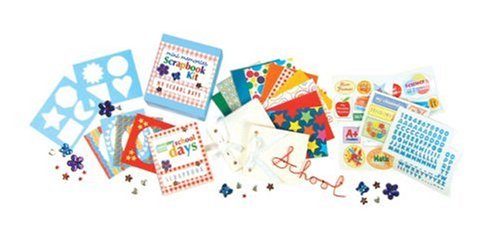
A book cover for My School Days: Mini Memories Scrapbook Kit [With 2 Scrapbooks and Decorative Papers and Over 60 Stickers and Stencils and Photo Frames and] In (Mega Mini Kit); Teen & Young Adult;